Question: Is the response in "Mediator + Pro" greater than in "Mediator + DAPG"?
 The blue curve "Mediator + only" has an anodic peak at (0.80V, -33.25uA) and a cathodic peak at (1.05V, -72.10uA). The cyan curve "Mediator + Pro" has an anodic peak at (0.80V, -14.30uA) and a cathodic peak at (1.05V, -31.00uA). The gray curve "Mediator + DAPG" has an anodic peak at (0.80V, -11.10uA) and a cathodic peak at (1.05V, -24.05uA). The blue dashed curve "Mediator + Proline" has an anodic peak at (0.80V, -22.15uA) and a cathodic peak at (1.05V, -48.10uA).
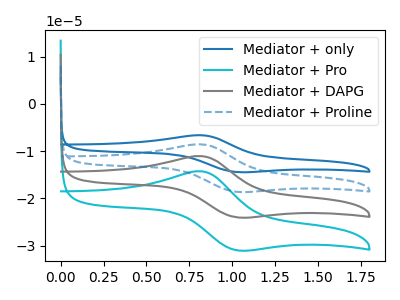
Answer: <think>All the peaks in "Mediator + Pro" have a peak in "Mediator + DAPG" at the same potential.
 </think>
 <answer>I cant tell if "Mediator + Pro" or "Mediator + DAPG" has more signal.</answer>
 <eval>mixed_signal</eval>